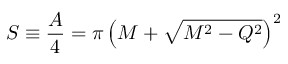
S \equiv { \frac { A } { 4 } } = \pi \left( M + \sqrt { M ^ { 2 } - Q ^ { 2 } } \right) ^ { 2 }